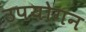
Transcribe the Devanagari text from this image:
उपयोगन